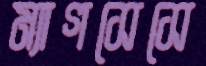
ম্যাগসেসে